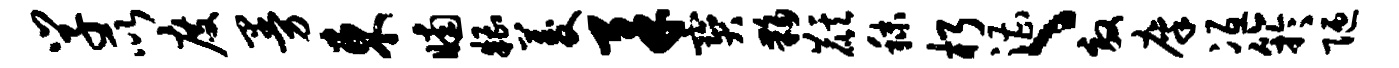
学所度曼东晡糟菱柔宝夥麒秣朽漕、效廪冱竽陋